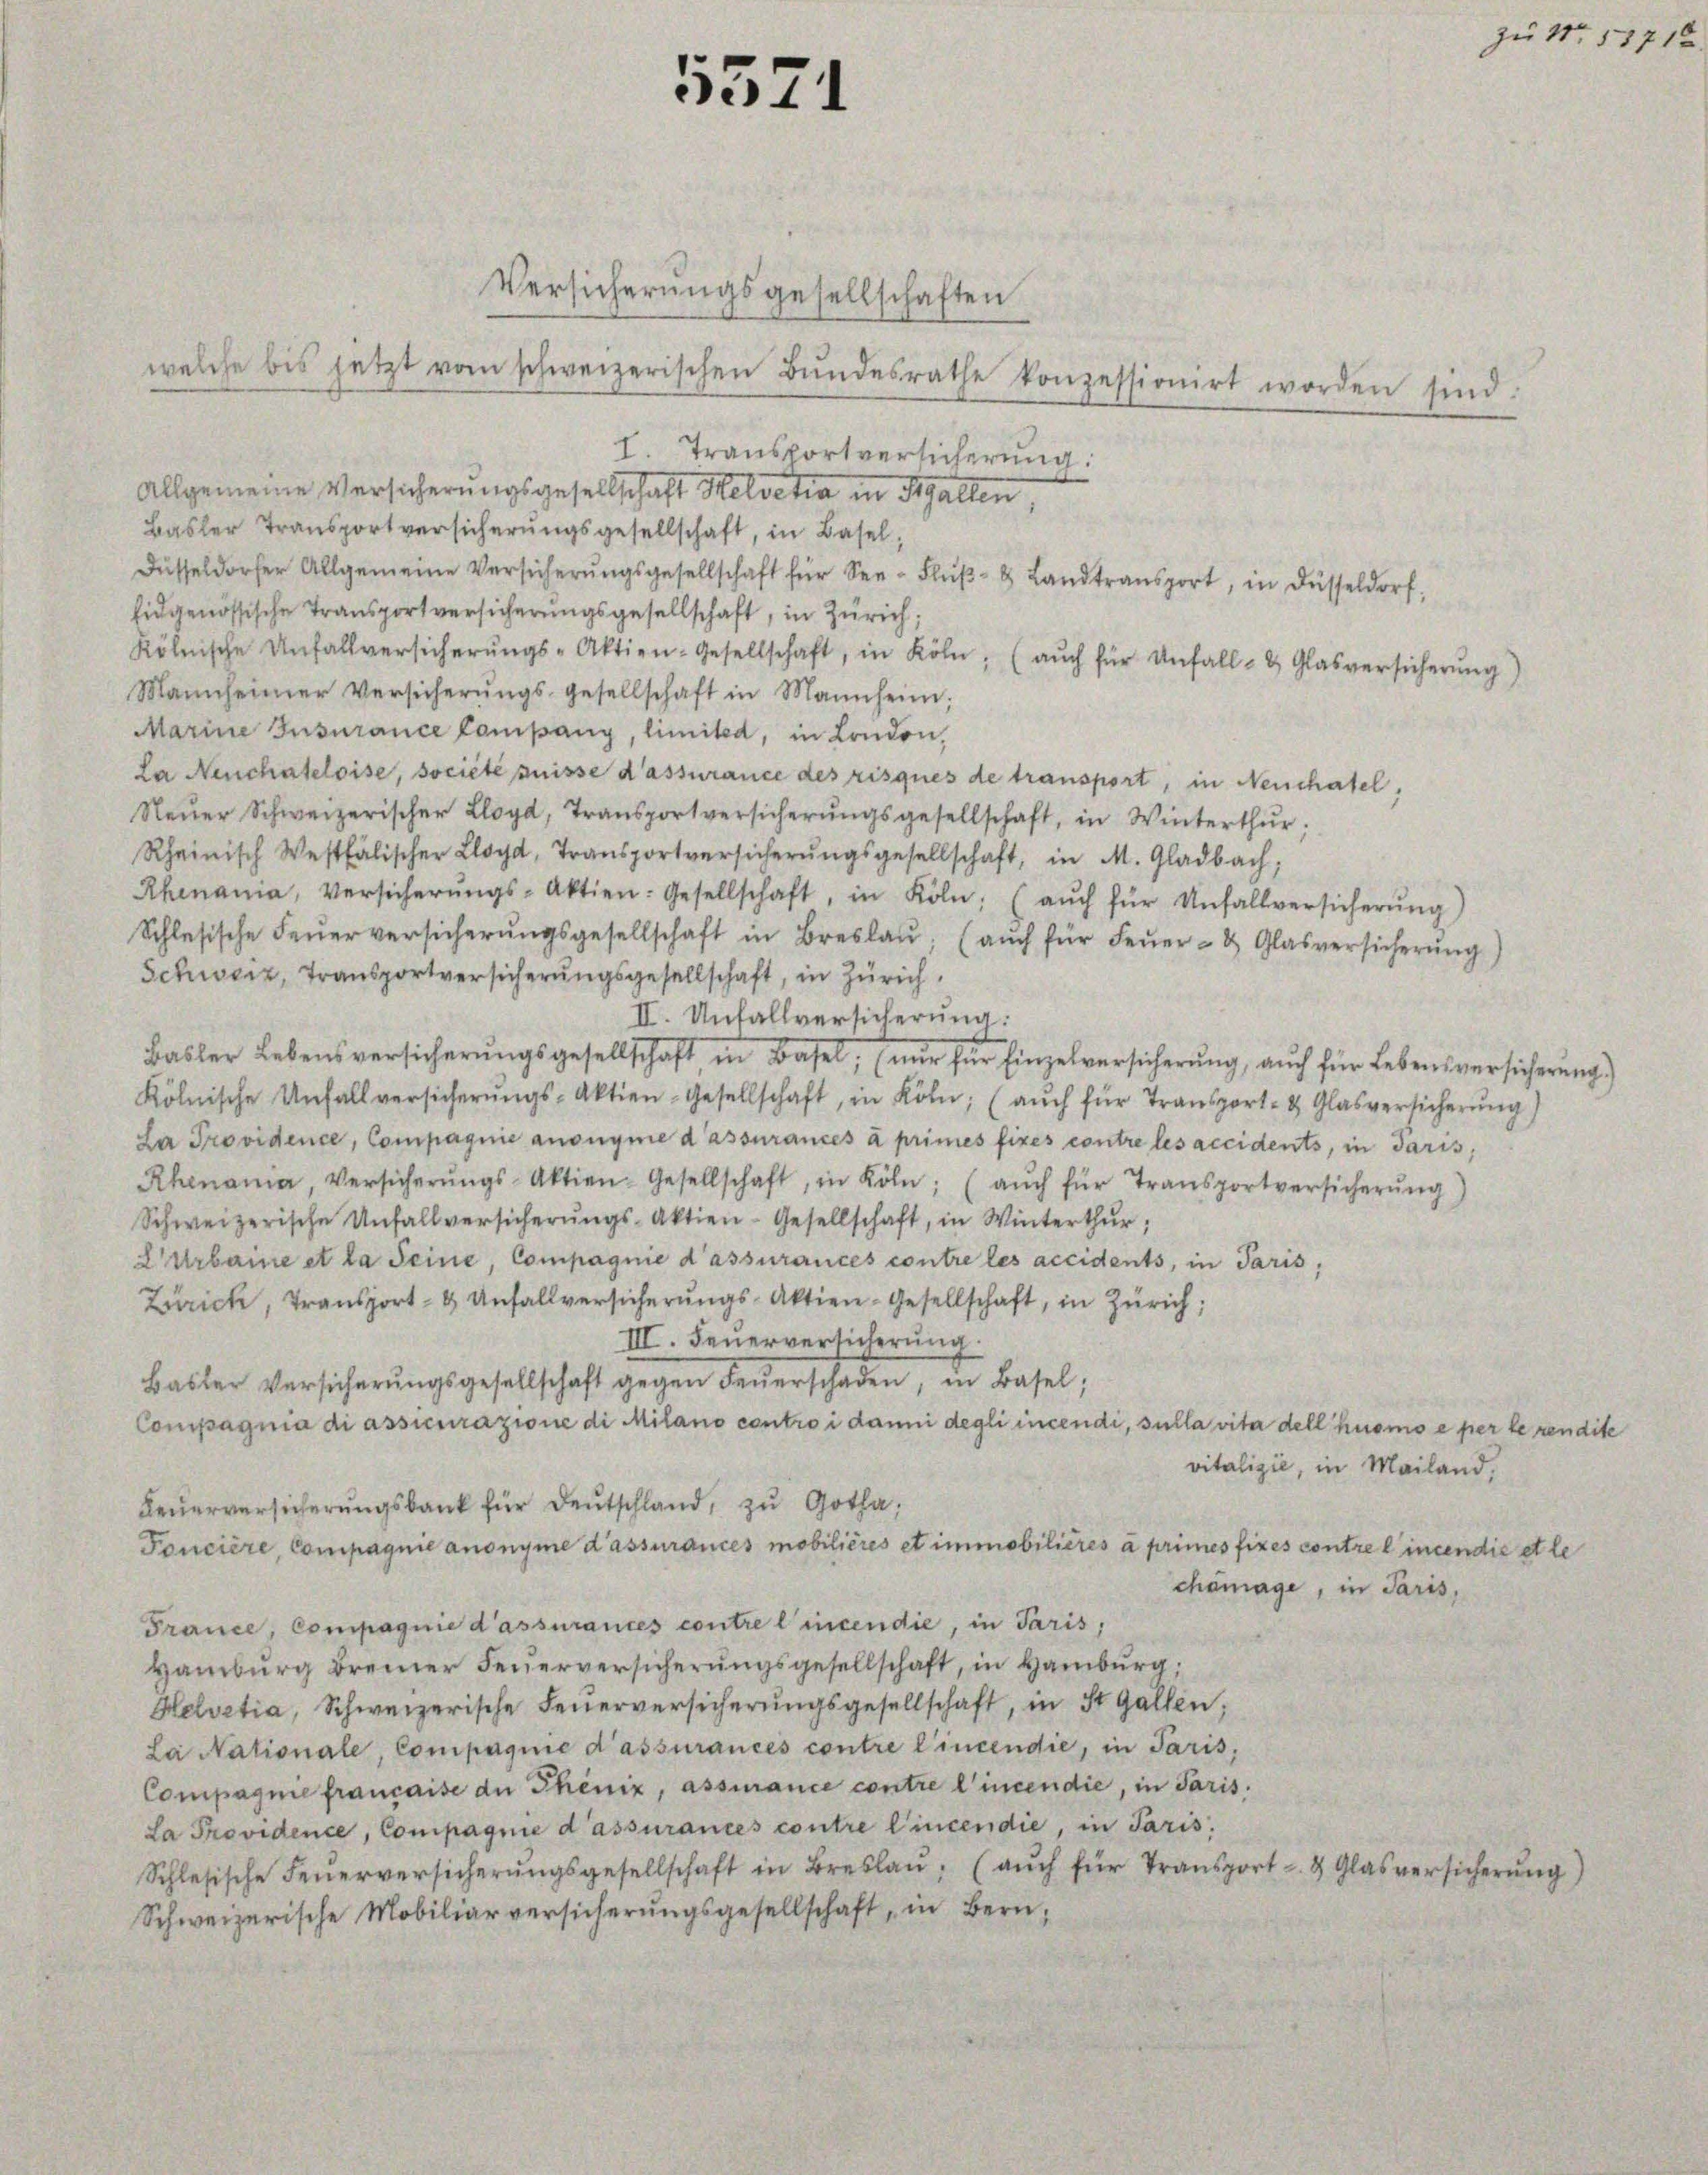
5571

Versicherungsgesellschaften
welche bis jetzt vom schweizerischen Bŭndesrathe konzessionirt worden sind.
I. Transportverlicherung:
Allgemeine Versicherungsgesellschaft Helvetia in Stallen,
Basler Transportversicherŭngsgesellschaft, in Basel,
Füsseldorfer Allgemeine Versicherŭngsgesellschaft für See- Flŭβ- & Landtransport, in Füsseldorf,
Eidgenössische Transportversicherungsgesellschaft, in Zürich;
kölnische Unfallversicherŭngs-Aktien-Gesellschaft, in Köln, (aŭch für Unfall- & Glasversicherŭng)
Mannheimer Versicherŭngs-Gesellschaft in Mannheim;
Marine Insurance Campany, limited, in London,
La Neuchateloise, société puisse d’assurance des risques de transport, in Neuchatel,
Steŭer Schweizerischer Lloyd Transportversicherŭngsgesellschaft, in Winterthŭr;
Rheinisch Westfälischer Lloyd Transportversicherŭngsgesellschaft, in M. Gladbach,
Rhenania, Versicherŭngs-Aktien: Gesellschaft, in Köln: (aŭch für Unfallversicherŭng
Schlesische Feŭerversicherŭngsgesellschaft in Breslaŭ; (aŭch für Feŭer- & Glasversicherŭng)
Schweiz, Transportversicherungsgesellschaft, in Zürich
II. Unfallversicherung:
Basler Lebensversicherŭngsgesellschaft in Basel, (nur für Einzelversicherŭng aŭch für Lebensversicherŭng.)
kölnische Unfallversicherŭngs-Aktien-Gesellschaft, in Köln, (aŭch für Transport- & Glasversicherung)
La Providence, Compagnie anonyme d’assurances à primes fixes contre les accidents, in daris,
Rhenania, Versicherŭngs-Aktien-Gesellschaft, in Köln, (aŭch für Transportversicherŭng)
Schweizerische Unfallversicherŭngs-Aktien-Gesellschaft, in Winterthŭr;
L Urbaine et la Seine, Compagnie d’assurances contre les accidents, in Paris,
Zürich, Transport- & Unfallversicherŭngs-Aktien-Gesellschaft, in Zürich;
III. Feuerversicherung.
Basler Versicherŭngsgesellschaft gegen Feŭerschaden, in Basel;
Compagnia di assicurazione di Milano contro i danni degli incendi, sulla vita dell huomo e per le rendite
vitalizie, in Mailand,
Feŭerversicherŭngsbank für Deutschland, zu Gotha,
Foncière, Compagnie anonyme d’assurances mobilières et immobilières à primes fixes contree incendie et le
chömage, in Paris,
France, Compagnie d’assurances contre l’incendie, in Paris,
Hamburg Bremer Feŭerversicherŭngsgesellschaft, in Hamburg,
Helvetia, Schweizerische Feŭerversicherŭngsgesellschaft, in St. Gallen;
La Nationale, Compagnie d’assurances contre l’incendie, in Paris,
Compagnie francaise de Phönix, assurance contre l’incendie, in Paris.
La Providence, Compagnie d’assurances contre Cincendie, in Paris,
Schlesische Feŭerversicherŭngsgesellschaft in Breslaŭ. (aŭch für Transport- & Glasversicherŭng)
Schweizerische Mobiliarversicherŭngsgesellschaft, in Bern,

zu No 13712